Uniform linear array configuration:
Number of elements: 4
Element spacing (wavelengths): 0.75
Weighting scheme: kaiser
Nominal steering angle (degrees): -45
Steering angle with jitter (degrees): -44.898
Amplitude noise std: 0.05
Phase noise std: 0.05

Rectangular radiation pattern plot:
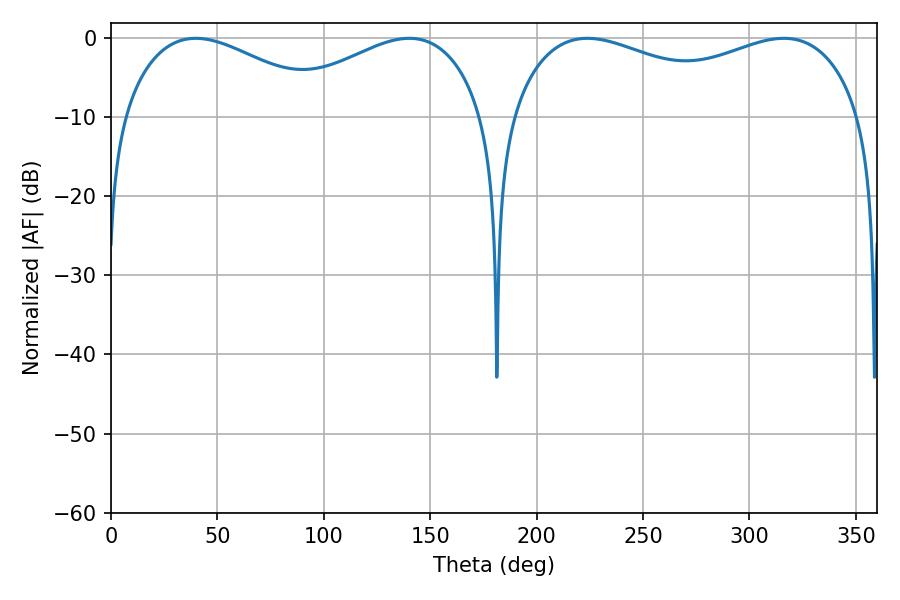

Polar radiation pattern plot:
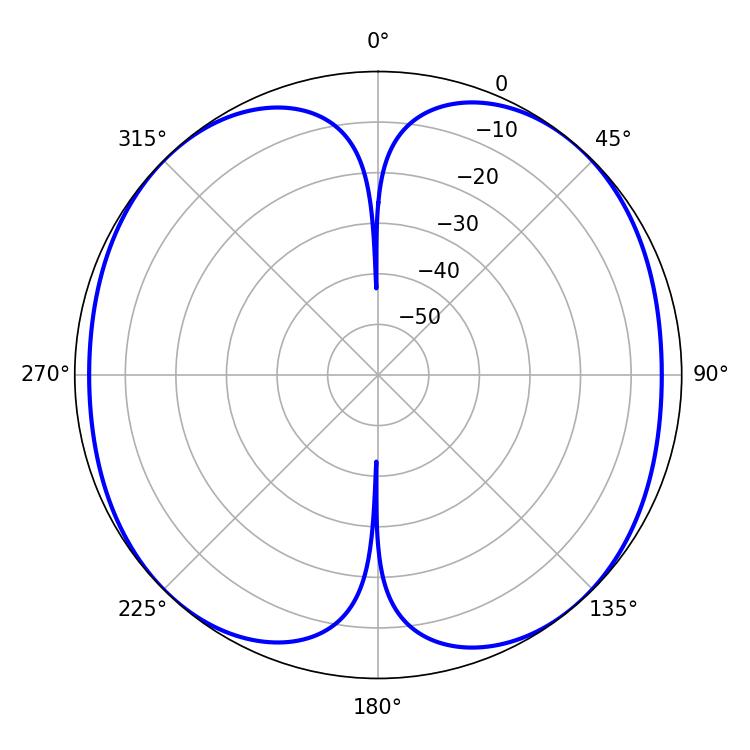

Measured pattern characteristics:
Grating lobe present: TRUE
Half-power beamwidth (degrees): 54.18
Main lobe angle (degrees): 39.78